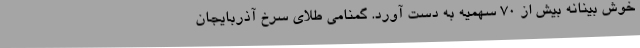
خوش بینانه بیش از 70 سهمیه به دست آورد. گمنامی طلای سرخ آذربایجان